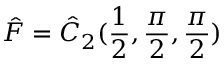
\hat { F } = \hat { C } _ { 2 } ( \frac { 1 } { 2 } , \frac { \pi } { 2 } , \frac { \pi } { 2 } )